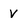
Character: V